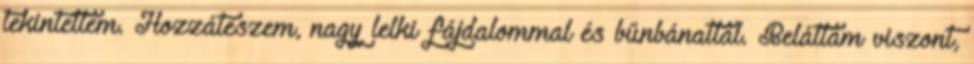
tekintettem. Hozzáteszem, nagy lelki fájdalommal és bűnbánattal. Beláttam viszont,